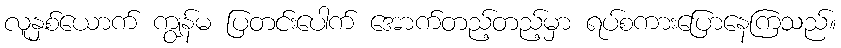
လူနှစ်ယောက် ကျွန်မ ပြတင်းပေါက် အောက်တည့်တည့်မှာ ရပ်စကားပြောနေကြသည်။